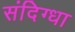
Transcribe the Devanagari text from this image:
संदिग्धा